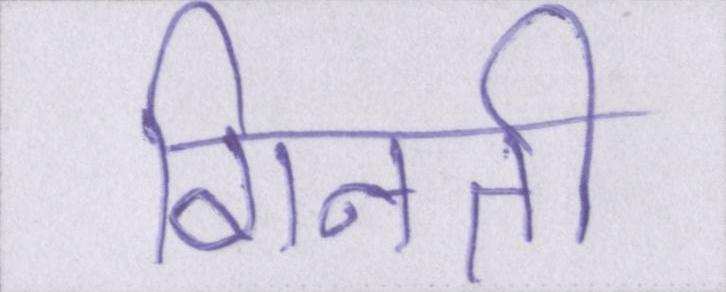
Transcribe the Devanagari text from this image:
गिनती